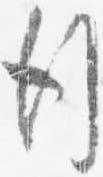
行